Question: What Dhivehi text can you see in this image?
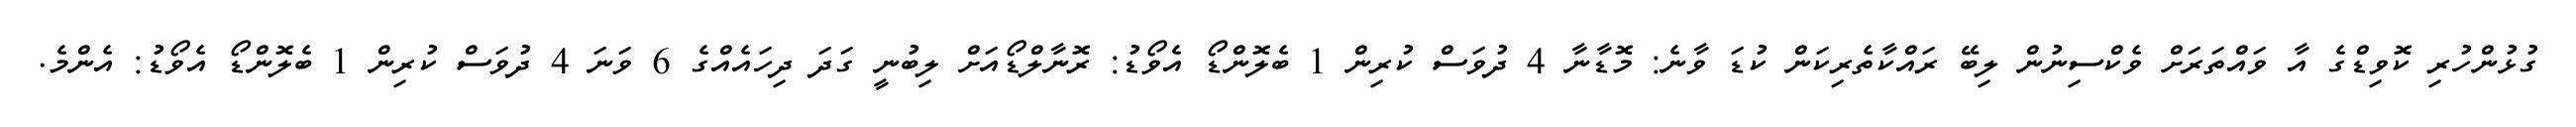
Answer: ގުޅުންހުރި ކޮވިޑްގެ އާ ވައްތަރަށް ވެކްސިނުން ލިބޭ ރައްކާތެރިކަން ކުޑަ ވާނެ: މޮޑާނާ 4 ދުވަސް ކުރިން 1 ބެލޮންޑޯ އެވޯޑު: ރޮނާލްޑޯއަށް ލިބުނީ ގަދަ ދިހައެއްގެ 6 ވަނަ 4 ދުވަސް ކުރިން 1 ބެލޮންޑޯ އެވޯޑު: އެންމެ.